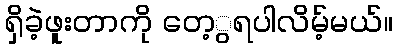
ရှိခဲ့ဖူးတာကို တေ့ွရပါလိမ့်မယ်။